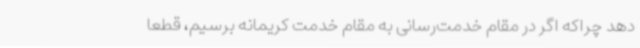
دهد چراکه اگر در مقام خدمت‌رسانی به مقام خدمت کریمانه برسیم، قطعا